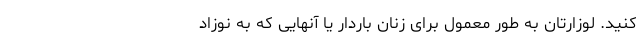
کنید. لوزارتان به طور معمول برای زنان باردار یا آنهایی که به نوزاد